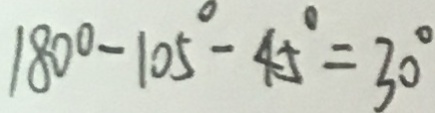
1 8 0 ^ { \circ } - 1 0 5 ^ { \circ } - 4 5 ^ { \circ } = 3 0 ^ { \circ }